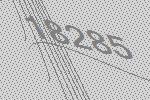
18285